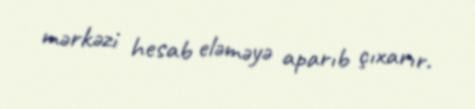
mərkəzi hesab eləməyə aparıb çıxarır.